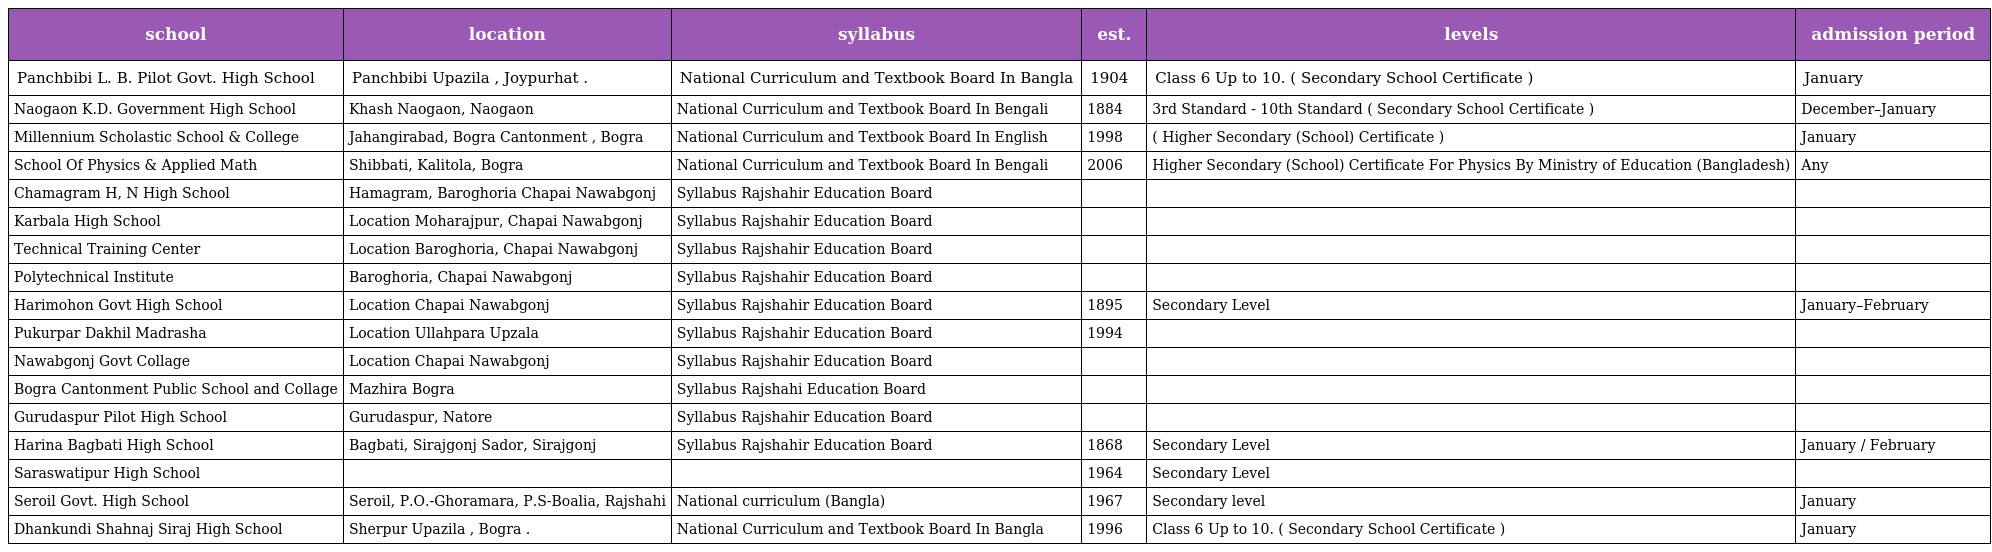
| school | location | syllabus | est. | levels | admission period |
 | --- | --- | --- | --- | --- | --- |
 | Panchbibi L. B. Pilot Govt. High School | Panchbibi Upazila , Joypurhat . | National Curriculum and Textbook Board In Bangla | 1904 | Class 6 Up to 10. ( Secondary School Certificate ) | January |
 | Naogaon K.D. Government High School | Khash Naogaon, Naogaon | National Curriculum and Textbook Board In Bengali | 1884 | 3rd Standard - 10th Standard ( Secondary School Certificate ) | December–January |
 | Millennium Scholastic School & College | Jahangirabad, Bogra Cantonment , Bogra | National Curriculum and Textbook Board In English | 1998 | ( Higher Secondary (School) Certificate ) | January |
 | School Of Physics & Applied Math | Shibbati, Kalitola, Bogra | National Curriculum and Textbook Board In Bengali | 2006 | Higher Secondary (School) Certificate For Physics By Ministry of Education (Bangladesh) | Any |
 | Chamagram H, N High School | Hamagram, Baroghoria Chapai Nawabgonj | Syllabus Rajshahir Education Board |  |  |  |
 | Karbala High School | Location Moharajpur, Chapai Nawabgonj | Syllabus Rajshahir Education Board |  |  |  |
 | Technical Training Center | Location Baroghoria, Chapai Nawabgonj | Syllabus Rajshahir Education Board |  |  |  |
 | Polytechnical Institute | Baroghoria, Chapai Nawabgonj | Syllabus Rajshahir Education Board |  |  |  |
 | Harimohon Govt High School | Location Chapai Nawabgonj | Syllabus Rajshahir Education Board | 1895 | Secondary Level | January–February |
 | Pukurpar Dakhil Madrasha | Location Ullahpara Upzala | Syllabus Rajshahir Education Board | 1994 |  |  |
 | Nawabgonj Govt Collage | Location Chapai Nawabgonj | Syllabus Rajshahir Education Board |  |  |  |
 | Bogra Cantonment Public School and Collage | Mazhira Bogra | Syllabus Rajshahi Education Board |  |  |  |
 | Gurudaspur Pilot High School | Gurudaspur, Natore | Syllabus Rajshahir Education Board |  |  |  |
 | Harina Bagbati High School | Bagbati, Sirajgonj Sador, Sirajgonj | Syllabus Rajshahir Education Board | 1868 | Secondary Level | January / February |
 | Saraswatipur High School |  |  | 1964 | Secondary Level |  |
 | Seroil Govt. High School | Seroil, P.O.-Ghoramara, P.S-Boalia, Rajshahi | National curriculum (Bangla) | 1967 | Secondary level | January |
 | Dhankundi Shahnaj Siraj High School | Sherpur Upazila , Bogra . | National Curriculum and Textbook Board In Bangla | 1996 | Class 6 Up to 10. ( Secondary School Certificate ) | January |